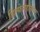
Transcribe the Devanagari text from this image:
हिल्फेनहौसच्या